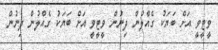
ވީޓީވީ އަށް ބަޔަކު ގެއްލުން ދިނުން ވީޓީވީ އަށް ބަޔަކު ގެއްލުން ދިނުން